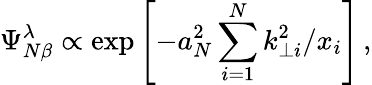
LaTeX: \Psi_{N\beta}^{\lambda}\propto\exp{\left[-a_{N}^{2}\sum_{i=1}^{N}k_{\perp i}^{2}/x_{i}\right]}\, ,